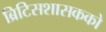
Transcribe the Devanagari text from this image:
ब्रिटिसशासकको